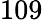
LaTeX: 109